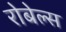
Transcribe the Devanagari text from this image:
रोबेल्‍स